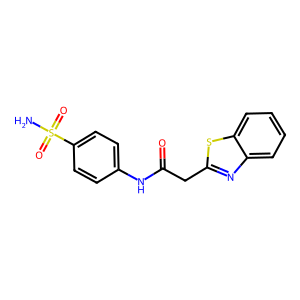
SMILES: NS(=O)(=O)c1ccc(NC(=O)Cc2nc3ccccc3s2)cc1
Inhibits HIV replication: No